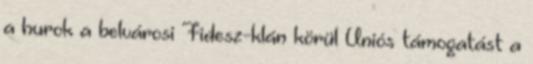
a hurok a belvárosi Fidesz-klán körül Uniós támogatást a